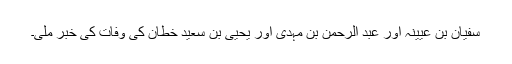
سفیان بن عیینہ اور عبد الرحمن بن مہدی اور یحییٰ بن سعید خطان کی وفات کی خبر ملی۔